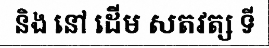
និង នៅ ដើម សតវត្ស ទី